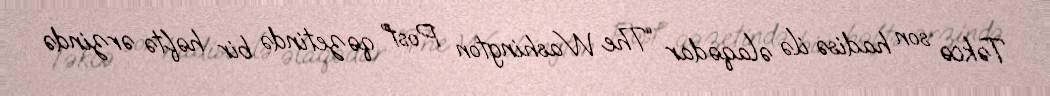
Təkcə son hadisə ilə əlaqədar “The Washington Post” qəzetində bir həftə ərzində